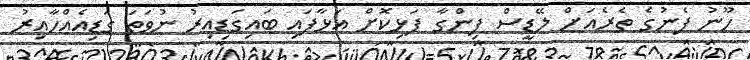
ހޫނު ފެނުގެ ތެރެއަށް ލޭޑީސް ފިންގާ ފަޅިކޮށް އަޅާފައި ބައިގަޑިއިރު ނުވަތަ ގަޑިއެއްހާއިރު